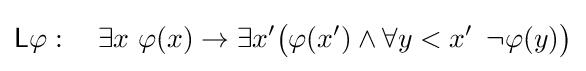
{\mathsf {L}}\varphi :\quad \exists x\ \varphi (x)\to \exists x'{\big (}\varphi (x')\land \forall y<x'\ \,\lnot \varphi (y){\big )}